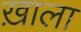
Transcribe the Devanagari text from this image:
ख़ाला